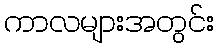
ကာလများအတွင်း